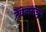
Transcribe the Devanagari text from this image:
ट्रेवेलर्सग्रुप